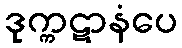
ဒုက္ကဋာနံပေ